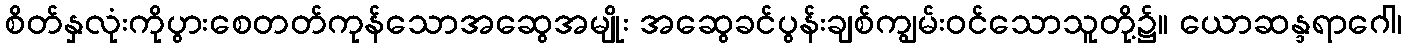
စိတ်နှလုံးကိုပွားစေတတ်ကုန်သောအဆွေအမျိုး အဆွေခင်ပွန်းချစ်ကျွမ်းဝင်သောသူတို့၌။ ယောဆန္ဒရာဂေါ၊